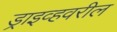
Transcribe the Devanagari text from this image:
ड्राइव्हवरील